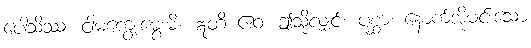
ပေါသိဿံ၊ ငါမကျွေးမွေးမိ။ ဣတိ ဧဝံ၊ ဤသို့လျှင်။ ပစ္ဆာ၊ နောက်အိုမင်းသော